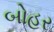
બોહર